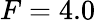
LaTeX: F=4.0